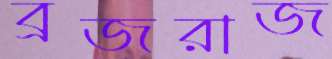
ব্রজরাজ